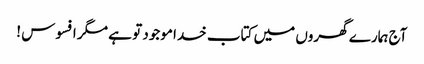
آج ہمارے گھروں میں کتاب خدا موجود تو ہے مگر افسوس !